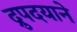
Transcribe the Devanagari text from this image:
द्रुपदयाने